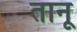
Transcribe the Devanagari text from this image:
तानू